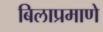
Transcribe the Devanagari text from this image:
बिलाप्रमाणे